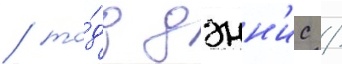
/ то́дд дэнн'ис /